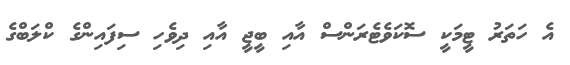
އެ ހަތަރު ޓީމަކީ ސޮކަވެޓެރަންސް އާއި ބީޖީ އާއި ދިވެހި ސިފައިންގެ ކްލަބްގެ